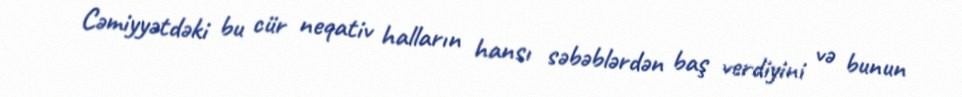
Cəmiyyətdəki bu cür neqativ halların hansı səbəblərdən baş verdiyini və bunun